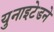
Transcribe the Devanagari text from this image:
युनाइटेडने